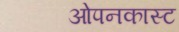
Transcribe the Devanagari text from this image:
ओपनकास्ट